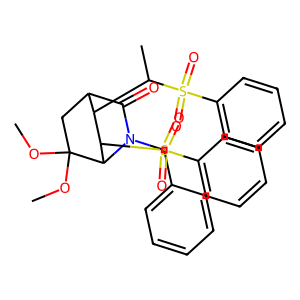
SMILES: COC1(OC)CC2C(=O)N(Cc3ccccc3)C1C(S(=O)(=O)c1ccccc1)C2C(C)S(=O)(=O)c1ccccc1
Inhibits HIV replication: No